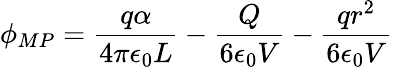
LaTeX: \phi_{MP}=\frac{q\alpha}{4\pi\epsilon_{0}L}-\frac{Q}{6\epsilon_{0}V}-\frac{qr^{2}}{6\epsilon_{0}V}